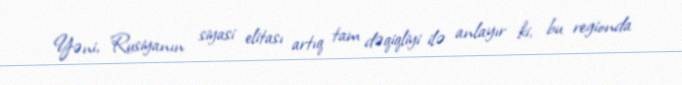
Yəni, Rusiyanın siyasi elitası artıq tam dəqiqliyi ilə anlayır ki, bu regionda